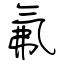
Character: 氟